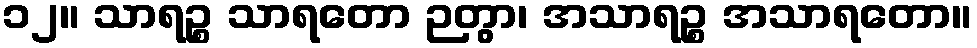
၁၂။ သာရဉ္စ သာရတော ဉတွာ၊ အသာရဉ္စ အသာရတော။